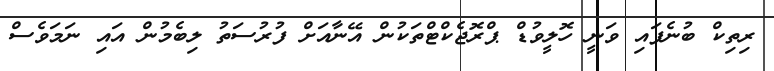
ރިތިކް ބުނެފައި ވަނީ ހޮލީވުޑް ޕްރޮޖެކްޓްތަކުން އޭނާއަށް ފުރުސަތު ލިބެމުން އައި ނަމަވެސް